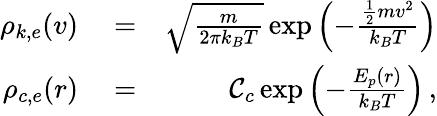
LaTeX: \begin{array}{rlr}{\rho_{k,e}(v)}&{{}=}&{\sqrt{\frac{m}{2\pi k_{B}T}}\exp\left(-\frac{\frac{1}{2}mv^{2}}{k_{B}T}\right)}\\ {\rho_{c,e}(r)}&{{}=}&{{\cal C}_{c}\exp\left(-\frac{E_{p}(r)}{k_{B}T}\right)\, ,}\end{array}